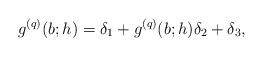
LaTeX: \begin{align*}g^{(q)}(b;h)=\delta_1+g^{(q)}(b;h)\delta_2+\delta_3,\end{align*}